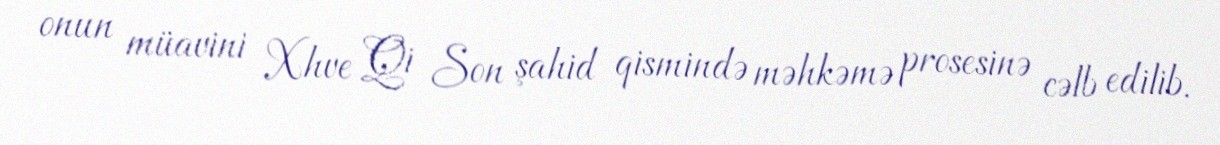
onun müavini Xhve Qi Son şahid qismində məhkəmə prosesinə cəlb edilib.